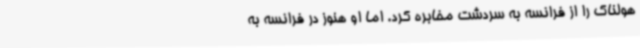
هولناک را از فرانسه به سردشت مخابره کرد. اما او هنوز در فرانسه به